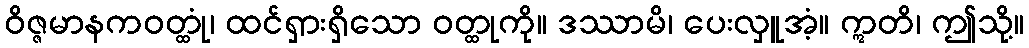
ဝိဇ္ဇမာနကဝတ္ထုံ၊ ထင်ရှားရှိသော ဝတ္ထုကို။ ဒဿာမိ၊ ပေးလှူအံ့။ ဣတိ၊ ဤသို့။